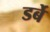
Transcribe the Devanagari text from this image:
डर्बे